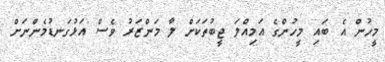
މީހުން އެ ބައި މީހުންގެ އަމިއްލަ ޖީބުތަކަށް ލާ މަންޒަރު ވެސް އަޅުގަނޑުމެންނަށް